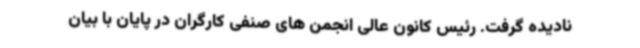
نادیده گرفت. رئیس کانون عالی انجمن های صنفی کارگران در پایان با بیان